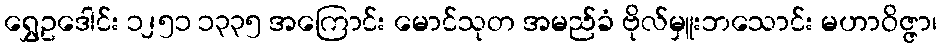
ရွှေဥဒေါင်း ၁၂၅၁ ၁၃၃၅ အကြောင်း မောင်သုတ အမည်ခံ ဗိုလ်မှူးဘသောင်း မဟာဝိဇ္ဇာ၊